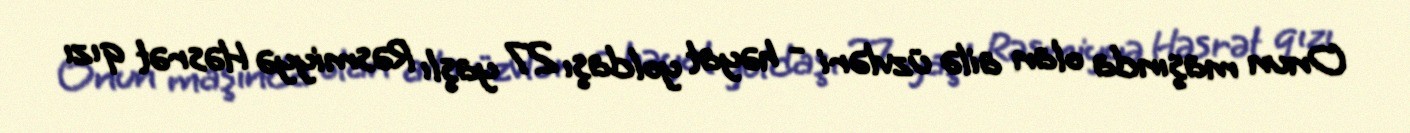
Onun maşında olan ailə üzvləri - həyat yoldaşı 27 yaşlı Rəsmiyyə Həsrət qızı